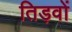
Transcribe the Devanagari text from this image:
तिड़वों